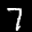
Label: 7